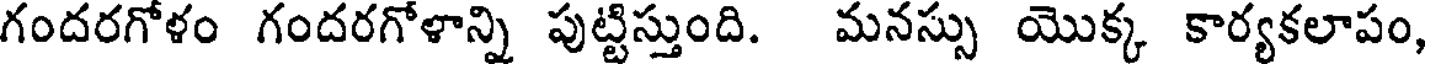
గందరగోళం గందరగోళాన్ని పుట్టిస్తుంది. మనస్సు యొక్క కార్యకలాపం,